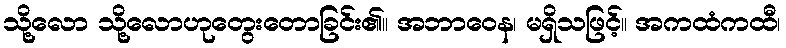
သို့လော သို့လောဟုတွေးတောခြင်း၏။ အဘာဝေန၊ မရှိသဖြင့်။ အကထံကထီ၊